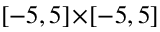
[ - 5 , 5 ] \! \times \! [ - 5 , 5 ]